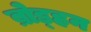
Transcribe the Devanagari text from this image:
ब्रोड्हन